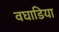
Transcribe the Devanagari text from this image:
वघाडिया